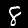
Label: 8